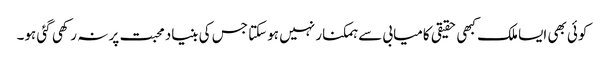
کوئی بھی ایسا ملک کبھی حقیقی کامیابی سے ہمکنار نہیں ہوسکتا جس کی بنیاد محبت پر نہ رکھی گئی ہو۔